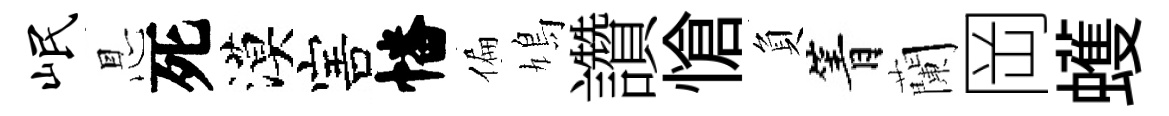
岷㤙死漠害幡偏鳩讚愴負箐蘭岡蠖